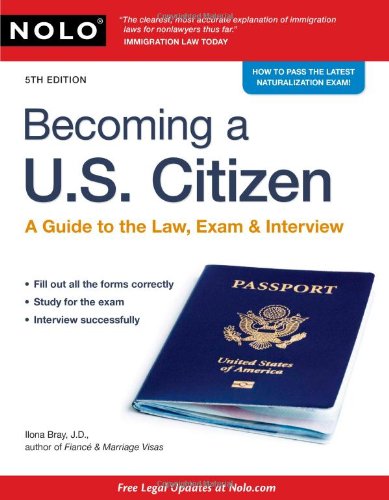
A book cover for Becoming a U.S. Citizen: A Guide to the Law, Exam & Interview; Ilona Bray J.D.; Test Preparation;